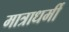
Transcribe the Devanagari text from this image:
मात्राधर्मी